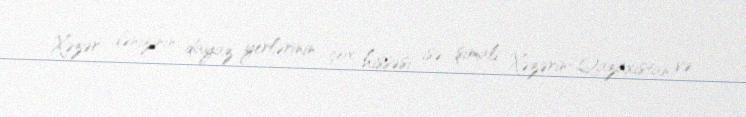
Xəzər dənizinin dayaz yerlərinin çox hissəsi isə şimali Xəzərin-Qazaxıstan və